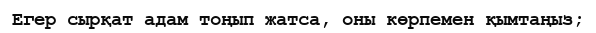
Егер сырқат адам тоңып жатса, оны көрпемен қымтаңыз;